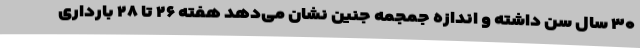
۳۰ سال سن داشته و اندازه جمجمه جنین نشان می‌دهد هفته ۲۶ تا ۲۸ بارداری